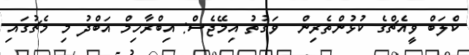
ކްލަބް ވީއެޗްގެ ކުޅުންތެރިން  ވަގުތު އިމޭޖެސް: އިބްރާހިމް އަބްދު މި މެޗުގައި